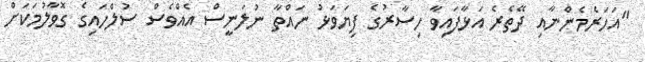
"އަހަރެމެންނާއި ދޭތެރެ އަޅާފައިވާ ހިސާރުގެ ފިޔަވަޅު ނައްތާ ނުލަނީސް އެއްވެސް ސުލްހައިގެ ގޮވާލުމަކަށް